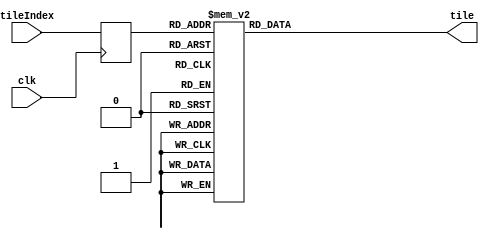
module tileset_16(input wire clk, input wire [2:0] tileIndex, output reg [8:0] tile);
  (* rom_style = "block" *)

//signal declarations
  reg [2:0] tile_reg;
  
  always @(posedge clk)
	begin
	tile_reg <= tileIndex;
	end


always @*
    case (tile_reg)
     3'b000: tile = 9'b000000000;
     3'b001: tile = 9'b010111010;
     3'b010: tile = 9'b010010010;
     3'b011: tile = 9'b000111000;
     3'b100: tile = 9'b010011000;
     3'b101: tile = 9'b010110000;
     3'b110: tile = 9'b000110010;
     3'b111: tile = 9'b000011010;
  endcase
endmodule